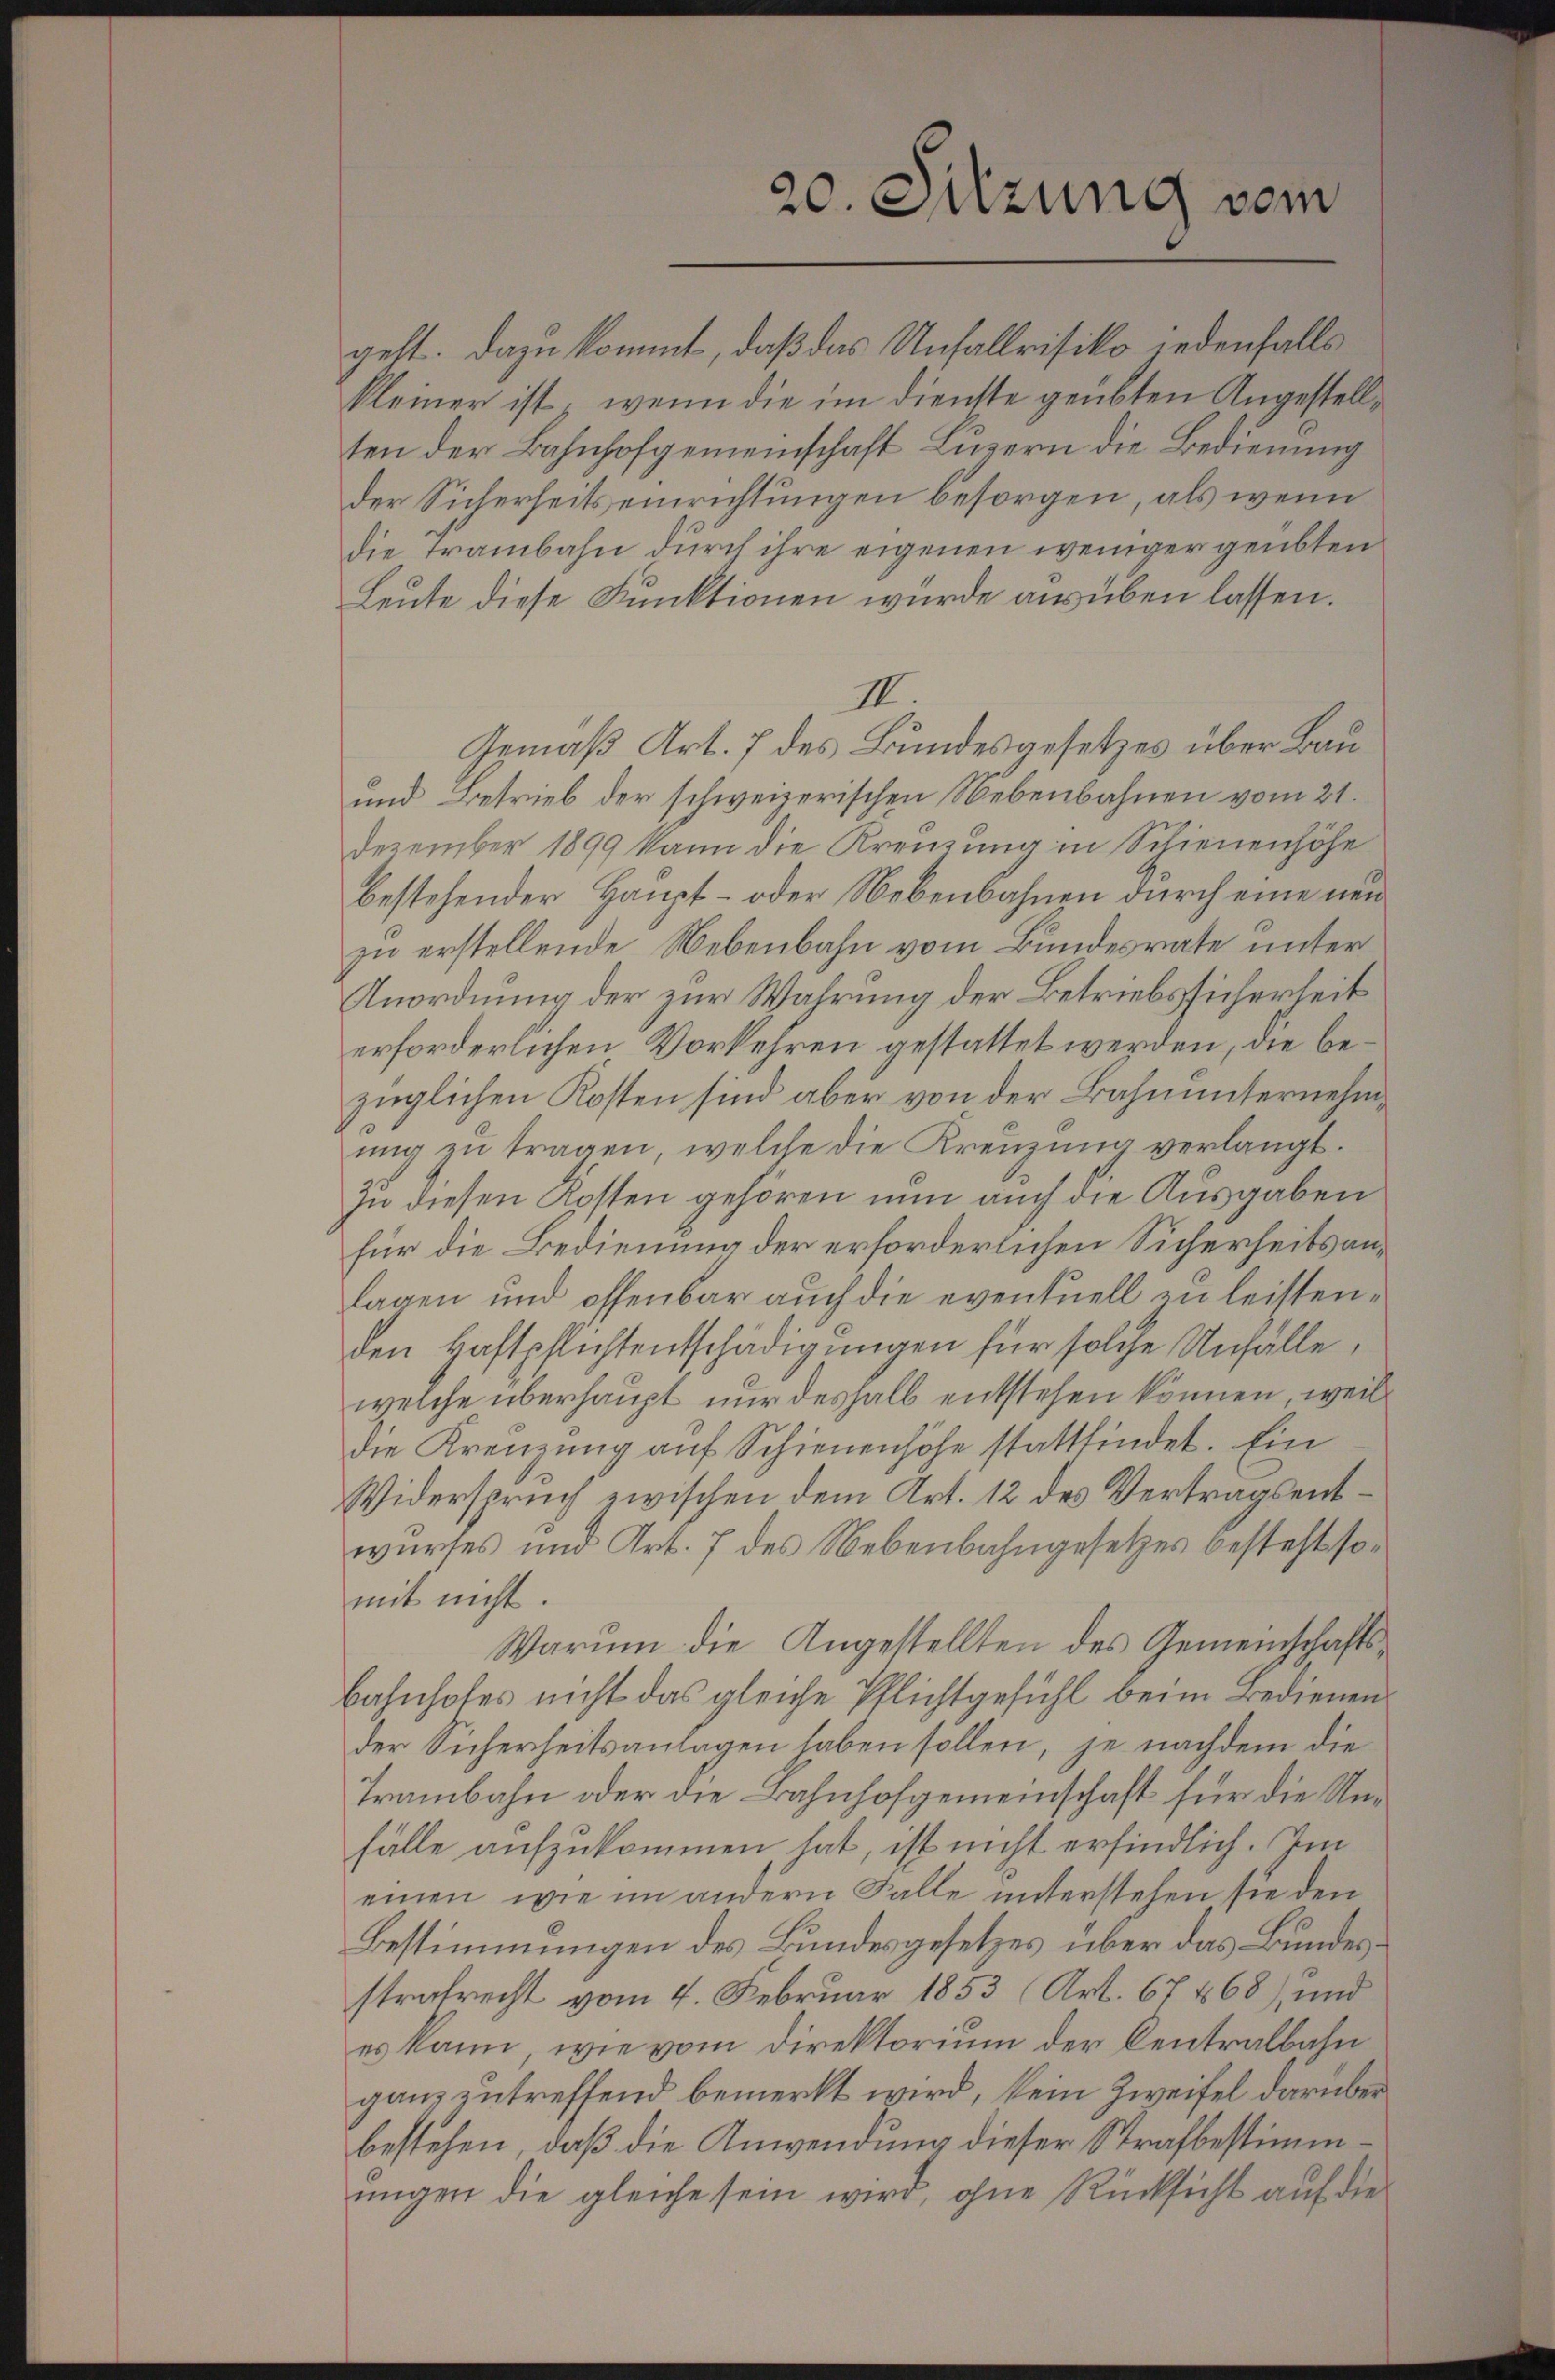
20. Sitzung vom

gelt. Dazu kommt, daß das Unfallrisiko jedenfalls
kleiner ist; wenn die im dienste geübten Angestellten der Bahnhofgemeinschaft Luzern die Bedienung
der Sicherheitseinrichtungen besorgen, als wenn
die Trambahn durch ihre eigenen weniger geübten
Leute diese Funktionen wurde ausüben lassen.
III.
Gemäß Art. 7 des Bundesgesetzes über Bau¬
und Betrieb der schweizerischen Nebenbahnen vom 21.
Dezember 1899 kann die Kreuzung in Schienenhöhe
bestehender Haupt- oder Nebenbahnen durch eine neuzu erstellende Nebenbahn vom Bundesrate unter
Anordnung der zur Wahrung der Betriebssicherheit
erforderlichen Vorkehren gestattet werden, die bezüglichen Kosten sind aber von der Bahnunternehmŭng zŭ tragen, welche die Kreŭzŭng verlangt.
in diesen Kosten gehören nun auch die Ausgaben
für die Bedienung der erforderlichen Sicherheits anlagen und offenbar auch die eventuell zu leistenden Haftpflichtentschädigungen für solche Unfälle,
welche überhaupt nur deshalb entstehen können, weil
die Kreuzung auf Schienenhöhe stattfindet. Ein
Widerspruch zwischen dem Art. 12 des Vertragsentwurses und Art. 7 des Nebenbahngesetzes besteht somit nicht.
Warum die Angestellten des Gemeinschafts¬
Bahnhofes nicht das gleiche Pflichtgefühl beim Bedienender Sicherheitsanlagen haben sollen, je nachdem die
Trambahn oder die Bahnhofgemeinschaft für die Unfälle aufzukommen hat, ist nicht erfindlich. Im
einen wie im andern Falle unterstehen sie den
Bestimmungen des Bundesgesetzes über das Bundesstrafrecht vom 4. Februar 1853 (Art. 67468), und
es kann, wie vom Direktorium der Centralbahn
ganz zutreffend bemerkt wird, kein Zweifel darüber
bestehen, daß die Anwendung dieser Strafbestimmŭngen die gleiche sein wird, ohne Rücksicht auf die